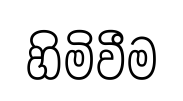
හිමිවීම